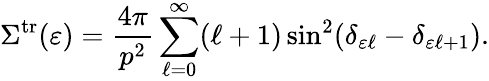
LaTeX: \Sigma^{\mathrm{tr}}(\varepsilon)=\frac{4\pi}{p^{2}}\sum_{\ell=0}^{\infty}(\ell+1)\sin^{2}(\delta_{\varepsilon\ell}-\delta_{\varepsilon\ell+1}).